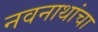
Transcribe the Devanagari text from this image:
नवनाथांचा